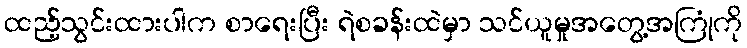
ထည့်သွင်းထားပါက စာရေးပြီး ရဲစခန်းထဲမှာ သင်ယူမှုအတွေ့အကြုံကို